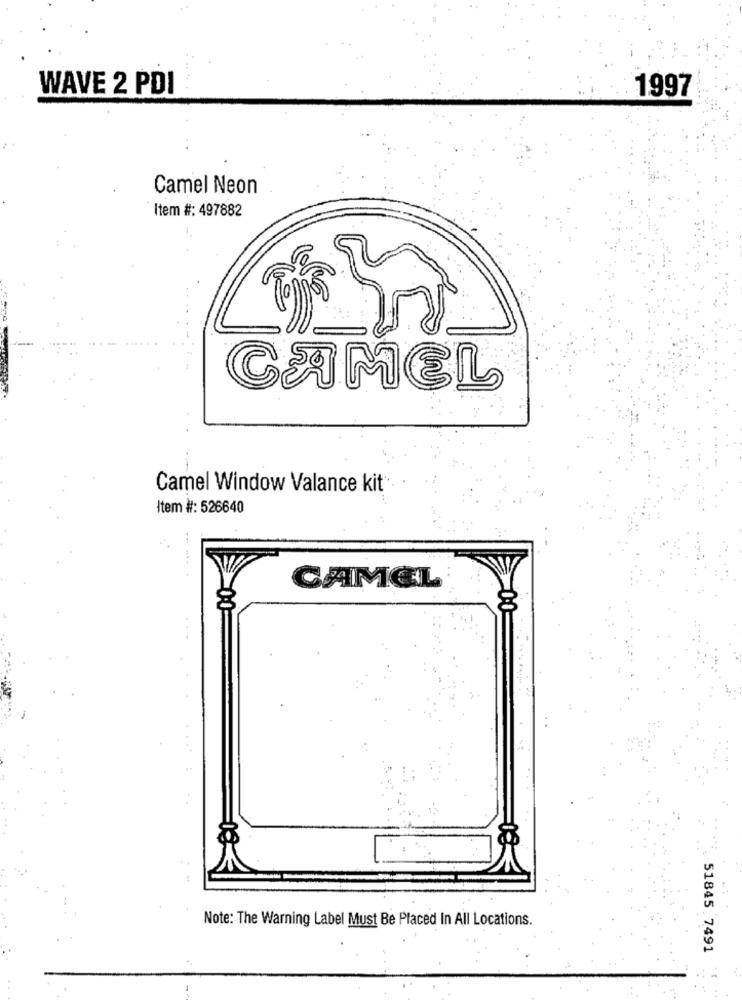
WAVE 2 PDI
1997
Camel Neon
Item #: 497882
CAMEL
Camel Window Valance kit
Item #: 526640
CAMEL
Note: The Warning Label Must Be Placed In All Locations
51845 7491